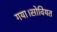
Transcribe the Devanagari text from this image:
गया।सोवियत